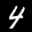
Label: 4